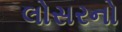
લોસરનો